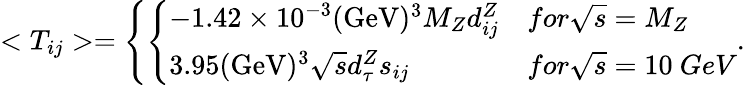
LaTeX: <T_{ij}>=\left\{ \left\{ \begin{array}{ll}{{-1.42\times 10^{-3}(\mathrm{GeV})^{3}M_{Z}d_{ij}^{Z}}}&{{for\sqrt{s}=M_{Z}}}\\ {{3.95(\mathrm{GeV})^{3}\sqrt{s}d_{\tau}^{Z}s_{ij}}}&{{for\sqrt{s}=10~GeV}}\end{array}\right.\right..